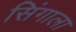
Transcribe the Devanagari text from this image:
सिंगाला